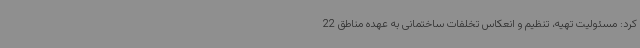
کرد: مسئولیت تهیه، تنظیم و انعکاس تخلفات ساختمانی به عهده مناطق 22